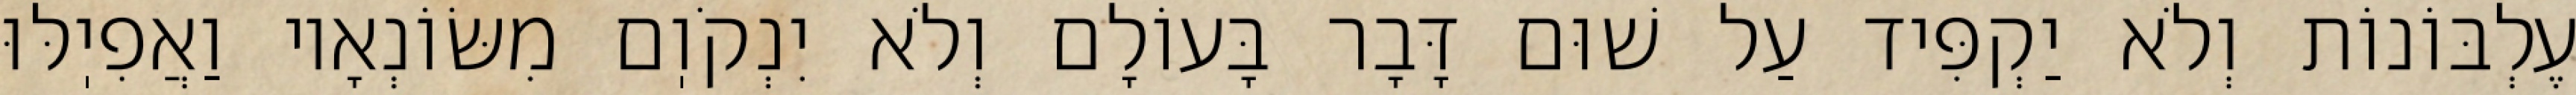
עֶלְבּוֹנוֹת וְלֹא יַקְפִּיד עַל שׁוּם דָּבָר בָּעוֹלָם וְלֹא יִנְקֹוֽם מִשּׂוֹנְאָיו וַאֲפִיֽלּוּ